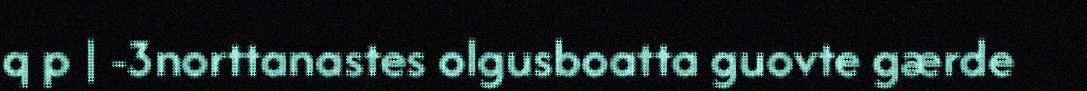
q p | -3norttanastes olgusboatta guovte gærde